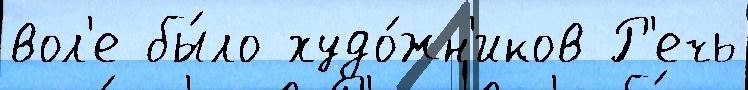
вол'е бы́ло худо́жн'иков Р'ечь